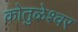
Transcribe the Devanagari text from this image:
कोतुळेश्वर